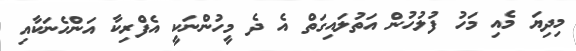
މިދިިޔަ މެއި މަހު ފުލުހުން އަތުލައިގަތް އެ ދެ މީހުންނަކީ އެފްރިކާ އަންހެނަކާއި